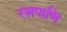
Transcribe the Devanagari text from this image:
रत्नपाणि